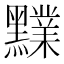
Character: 𪒲